Insane asylums Bombay 1873-77 - 1873-1877
Year: 1873
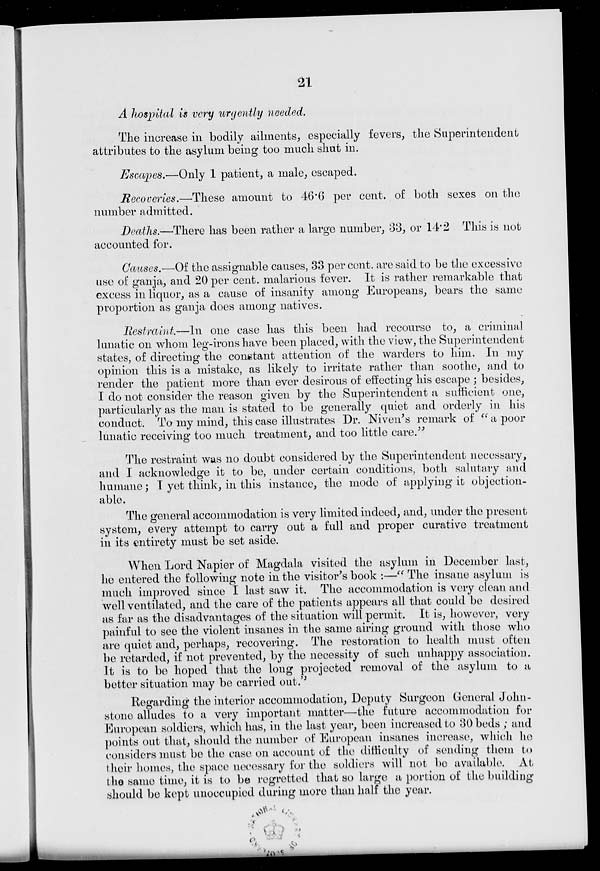
21
A hospital is very urgently needed.
The increase in bodily ailments, especially fevers, the Superintendent
attributes to the asylum being too much shut in.
Escapes.—Only 1 patient, a male, escaped.
Recoveries.—These amount to 46.6 per cent. of both sexes on the
number admitted.
Deaths.—There has been rather a large number, 33, or 14.2 This is not
accounted for.
Causes.—Of the assignable causes, 33 per cent. are said to be the excessive
use of ganja, and 20 per cent. malarious fever. It is rather remarkable that
excess in liquor, as a cause of insanity among Europeans, bears the same
proportion as ganja does among natives.
Restraint.—In one case has this been had recourse to, a criminal
lunatic on whom leg-irons have been placed, with the view, the Superintendent
states, of directing the constant attention of the warders to him. In my
opinion this is a mistake, as likely to irritate rather than soothe, and to
render the patient more than ever desirous of effecting his escape ; besides,
I do not consider the reason given by the Superintendent a sufficient one,
particularly as the man is stated to be generally quiet and orderly in his
conduct. To my mind, this case illustrates Dr. Niven's remark of " a poor
lunatic receiving too much treatment, and too little care."
The restraint was no doubt considered by the Superintendent necessary,
and I acknowledge it to be, under certain conditions, both salutary and
humane; I yet think, in this instance, the mode of applying it objection-
able.
The general accommodation is very limited indeed, and, under the present
system, every attempt to carry out a full and proper curative treatment
in its entirety must be set aside.
When Lord Napier of Magdala visited the asylum in December last,
he entered the following note in the visitor's book :—" The insane asylum is
much improved since I last saw it. The accommodation is very clean and
well ventilated, and the care of the patients appears all that could be desired
as far as the disadvantages of the situation will permit. It is, however, very
painful to see the violent insanes in the same airing ground with those who
are quiet and, perhaps, recovering. The restoration to health must often
be retarded, if not prevented, by the necessity of such unhappy association.
It is to be hoped that the long projected removal of the asylum to a
better situation may be carried out.''
Regarding the interior accommodation, Deputy Surgeon General John-
stone alludes to a very important matter—the future accommodation for
European soldiers, which has, in the last year, been increased to 30 beds ; and
points out that, should the number of European insanes increase, which he
considers must be the case on account of the difficulty of sending them to
their homes, the space necessary for the soldiers will not be available. At
the same time, it is to be regretted that so large a portion of the building
should be kept unoccupied during more than half the year.